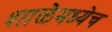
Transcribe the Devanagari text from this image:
शाळेमध्येच